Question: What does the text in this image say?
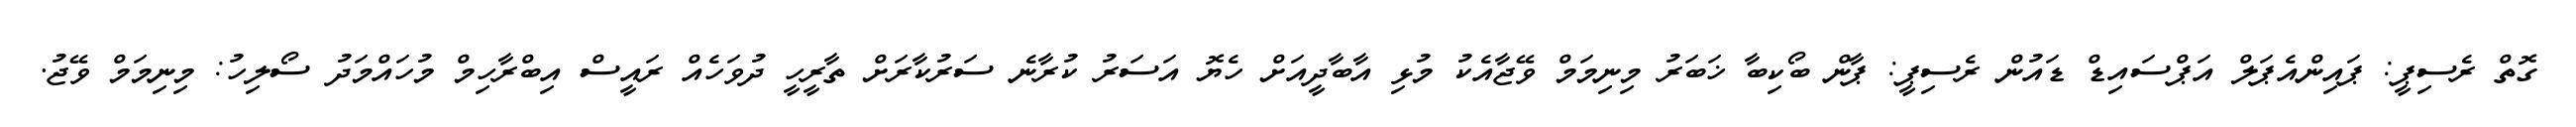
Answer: ގޮތް ރެސިޕީ: ޕައިންއެޕަލް އަޕްސައިޑް ޑައުން ރެސިޕީ: ޕާން ބޯކިބާ ޚަބަރު މިނިމަމް ވޭޖާއެކު މުޅި އާބާދީއަށް ހެޔޮ އަސަރު ކުރާނެ ސަރުކާރަށް ތާރީހީ ދުވަހެއް ރައީސް އިބްރާހިމް މުހައްމަދު ސޯލިހު: މިނިމަމް ވޭޖު.